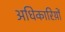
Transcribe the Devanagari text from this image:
अधिकारिय़ों